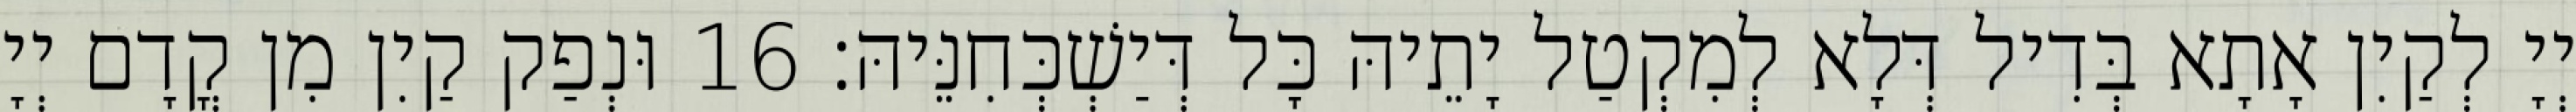
יְיָ לְקַיִן אָתָא בְּדִיל דְּלָא לְמִקְטַל יָתֵיהּ כָּל דְּיַשְׁכְּחִנֵּיהּ׃ 16 וּנְפַק קַיִן מִן קֳדָם יְיָ